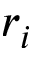
r _ { i }